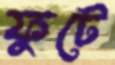
ফুটে